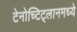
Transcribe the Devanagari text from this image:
टेनोच्टिट्लानमध्ये